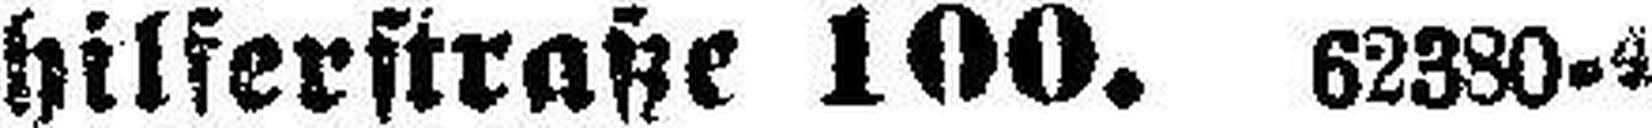
hilferstraße 100. 62380-4